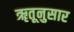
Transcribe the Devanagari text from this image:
ॠतूनुसार